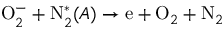
\mathrm O _ { 2 } ^ { - } + \mathrm N _ { 2 } ^ { * } ( A ) \to \mathrm e + \mathrm O _ { 2 } + \mathrm N _ { 2 }